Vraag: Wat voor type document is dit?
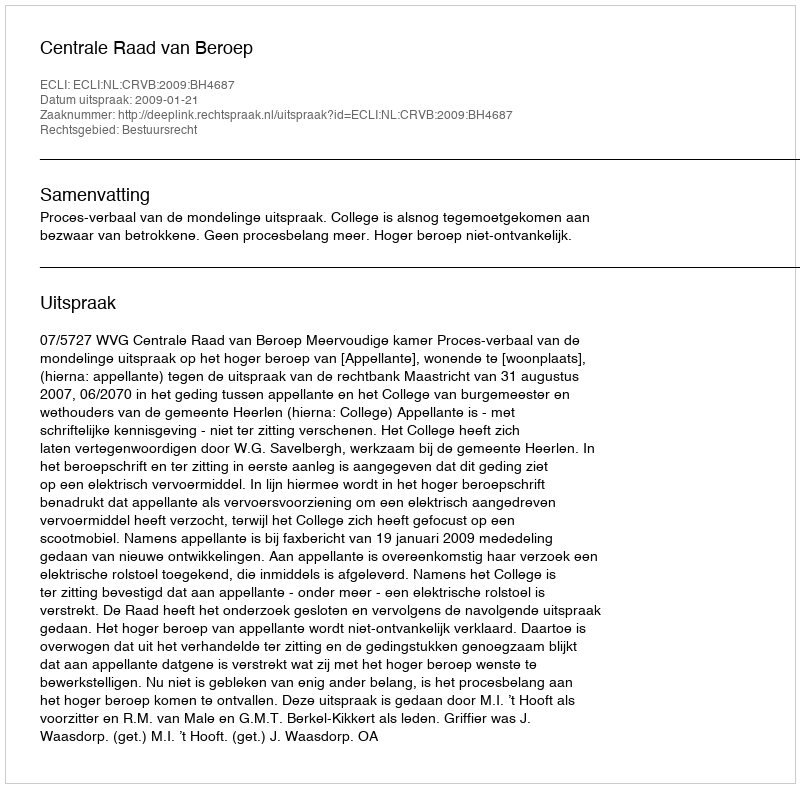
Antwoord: Uitspraak